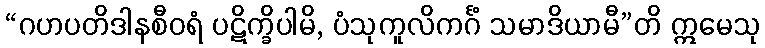
“ဂဟပတိဒါနစီဝရံ ပဋိက္ခိပါမိ, ပံသုကူလိကင်္ဂံ သမာဒိယာမီ”တိ ဣမေသု